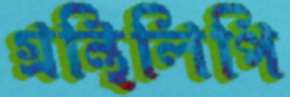
গ্রন্থিলিপি